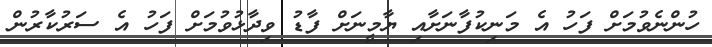
ހުންނެވުމަށް ފަހު އެ މަނިކުފާނަށާއި ޔާމީނަށް ފާޑު ވިދާޅުވުމަށް ފަހު އެ ސަރުކާރުން